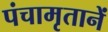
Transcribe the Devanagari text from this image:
पंचामृतानें